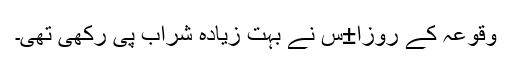
وقوعہ کے روزا±س نے بہت زیادہ شراب پی رکھی تھی۔